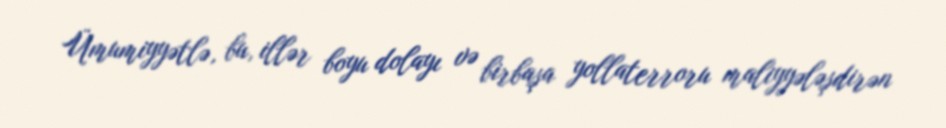
Ümumiyyətlə, bu, illər boyu dolayı və birbaşa yollaterroru maliyyələşdirən